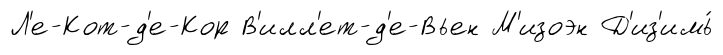
Л'е-Кот-д'е-Кор В'илл'ет-д'е-Вьен М'изоэн Д'из'имь́